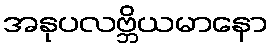
အနုပလဗ္ဘိယမာနော